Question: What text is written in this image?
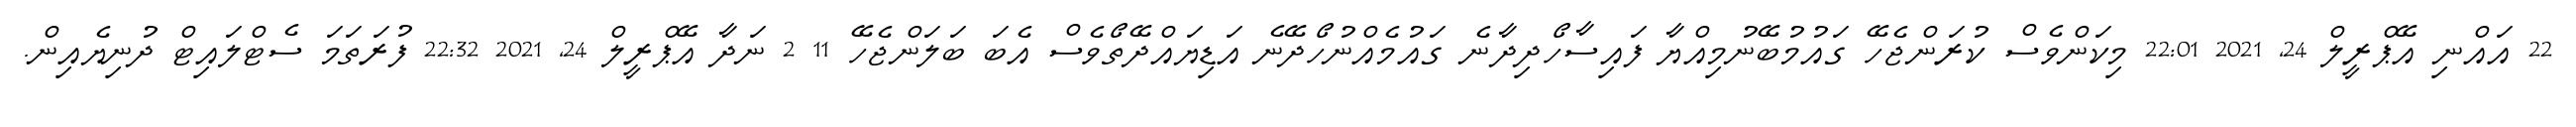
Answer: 22 އައްނި އޭޕްރީލް 24, 2021 22:01 މިކަންވެސް ކުރަންޖެހޭ ގައުމުބޭނުމިއްޔާ ފައިސާހޯދިދާނެ ގައުމެއްނުހޯދޭނެ އަޑިޔައްދޭތޯވެސް އެބަ ބަލަންޖެހޭ 11 2 ނަދާ އޭޕްރީލް 24, 2021 22:32 ފުރަތަމަ ސެޓްލައިޓް ދުނިޔެއިން.